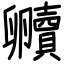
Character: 贕